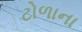
ટોળાના